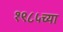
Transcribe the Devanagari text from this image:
१९८५च्या